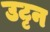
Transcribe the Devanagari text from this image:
उट्टन